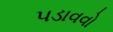
પડાવવો